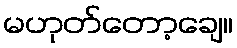
မဟုတ်တော့ချေ။